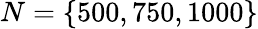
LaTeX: N=\{ 500,750,1000\}